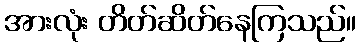
အားလုံး တိတ်ဆိတ်နေကြသည်။